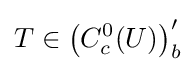
T\in \left(C_{c}^{0}(U)\right)_{b}^{\prime }